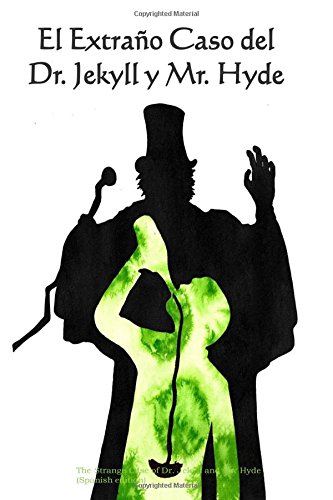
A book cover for El Extrano Caso del Dr. Jekyll y Mr. Hyde (Spanish Edition); Robert Louis Stevenson; Science Fiction & Fantasy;